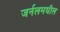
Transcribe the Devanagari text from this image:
जर्नलमधील